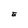
Character: E